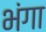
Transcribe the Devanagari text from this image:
भंगा